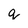
Character: q